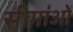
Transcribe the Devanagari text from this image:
सीमा॑ओं